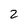
Character: 2